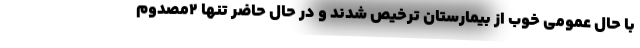
با حال عمومی خوب از بیمارستان ترخیص شدند و در حال حاضر تنها ۲مصدوم